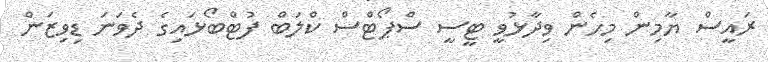
ރައީސް ޔާމިން މިހެން ވިދާޅުވީ ޓީސީ ސްޕޯޓްސް ކްލަބް ފުޓްބޯޅައިގެ ދެވަނަ ޑިވިޒަން